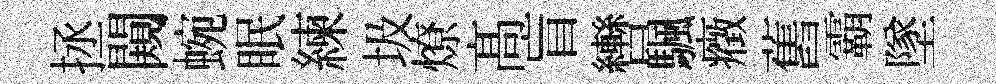
拯闚蜿眠練圾燎髙盲轡颿癥舊霸墜